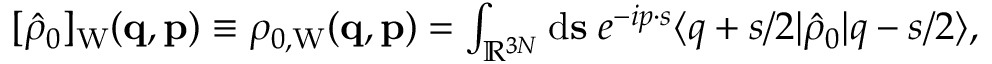
\begin{array} { r } { [ \hat { \rho } _ { 0 } ] _ { \mathrm { W } } ( \ensuremath { \mathbf { q } } , \ensuremath { \mathbf { p } } ) \equiv \rho _ { 0 , \mathrm { W } } ( \ensuremath { \mathbf { q } } , \ensuremath { \mathbf { p } } ) = \int _ { \mathbb { R } ^ { 3 N } } \ensuremath { \mathrm { d } } \ensuremath { \mathbf { s } } \; e ^ { - i \b { p } \cdot \b { s } } \ensuremath { \langle \b { q } + \b { s } / 2 \vert } \hat { \rho } _ { 0 } \ensuremath { \vert \b { q } - \b { s } / 2 \rangle } , \; \; } \end{array}